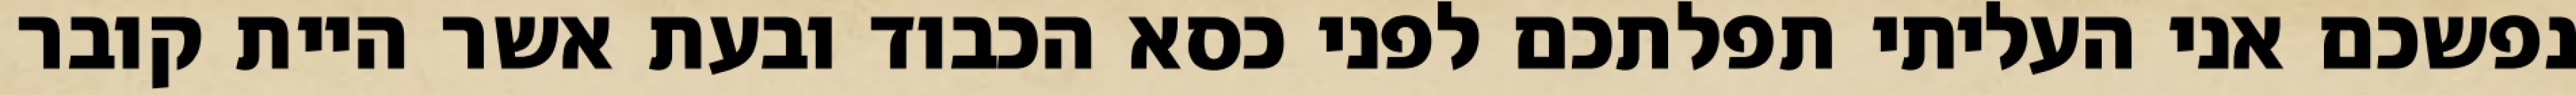
נפשכם אני העליתי תפלתכם לפני כסא הכבוד ובעת אשר היית קובר